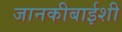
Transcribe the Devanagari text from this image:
जानकीबाईशी